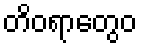
တိဝရာတွေဝ